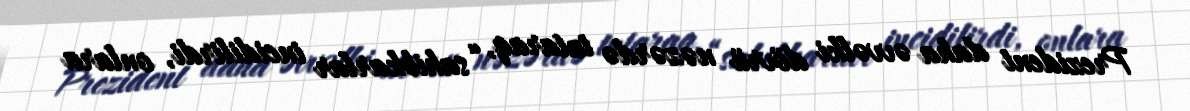
Prezident daha əvvəlki dövrü nəzərdə tutaraq, “sahibkarlar incidilirdi, onlara